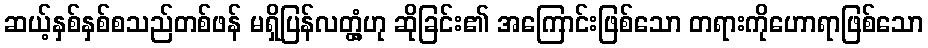
ဆယ့်နှစ်နှစ်စသည်တစ်ဖန် မရှိပြန်လတ္တံ့ဟု ဆိုခြင်း၏ အကြောင်းဖြစ်သော တရားကိုဟောရာဖြစ်သော